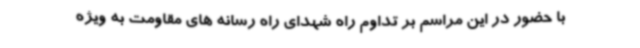
با حضور در این مراسم بر تداوم راه شهدای راه رسانه های مقاومت به ویژه